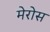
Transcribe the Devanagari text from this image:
मेरोस